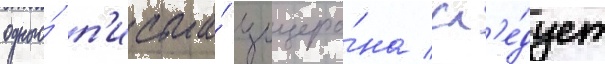
одного́ п'исьма́ цицеро́на сл'е́дует